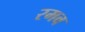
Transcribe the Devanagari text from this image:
रमव